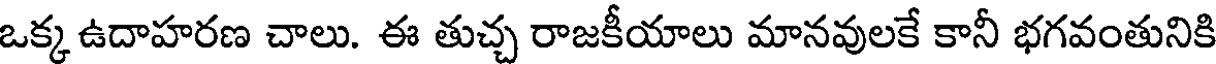
ఒక్క ఉదాహరణ చాలు. ఈ తుచ్చ రాజకీయాలు మానవులకే కానీ భగవంతునికి